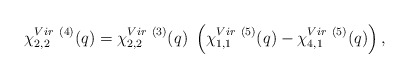
\begin{align*}\chi^{Vir~(4)}_{2,2} (q) = \chi^{Vir~(3)}_{2,2} (q){}~\left ( \chi^{Vir~(5)}_{1,1} (q)-\chi^{Vir~(5)}_{4,1} (q) \right ),\end{align*}